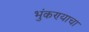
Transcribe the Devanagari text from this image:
भुंकण्याचा